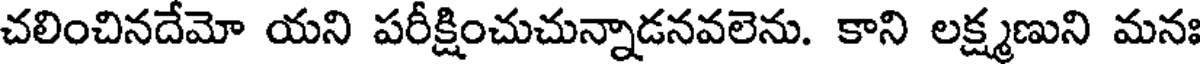
చలించినదేమో యని పరీక్షించుచున్నాడనవలెను. కాని లక్ష్మణుని మనః